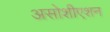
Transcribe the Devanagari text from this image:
असोशीएशन